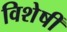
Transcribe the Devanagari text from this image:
विशेषीं